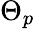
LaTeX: \Theta_{p}